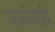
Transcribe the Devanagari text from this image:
क्लॅन्सी